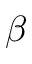
\beta